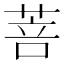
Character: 菩